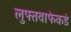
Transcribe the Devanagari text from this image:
लुफ्तवाफेकडे